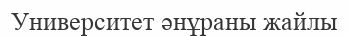
Университет әнұраны жайлы